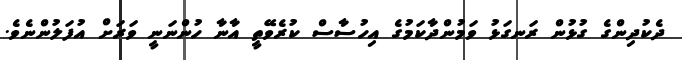
ދެކުދިންގެ ގުޅުން ރަނގަޅު ވަމުންދާކަމުގެ އިހުސާސް ކުރެވޭތީ އާނާ ހުންނަނީ ވަރަށް އުފަލުންނެވެ.